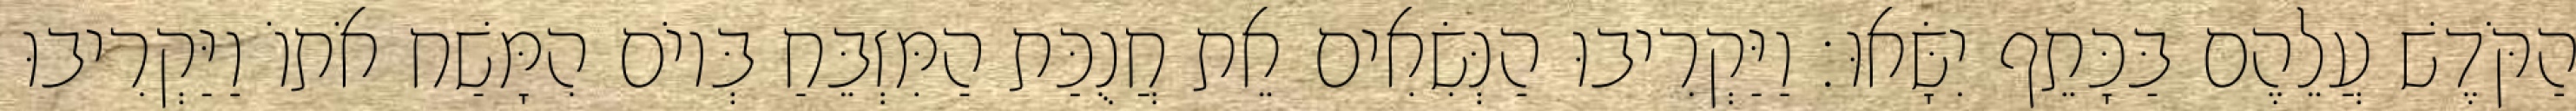
הַקֹּדֶשׁ עֲלֵהֶם בַּכָּתֵף יִשָּׂאוּ׃ וַיַּקְרִיבוּ הַנְּשִׂאִים אֵת חֲנֻכַּת הַמִּזְבֵּחַ בְּיוֹם הִמָּשַׁח אֹתוֹ וַיַּקְרִיבוּ